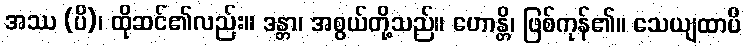
အဿ (ပိ)၊ ထိုဆင်၏လည်း။ ဒန္တာ၊ အစွယ်တို့သည်။ ဟောန္တိ၊ ဖြစ်ကုန်၏။ သေယျထာပိ